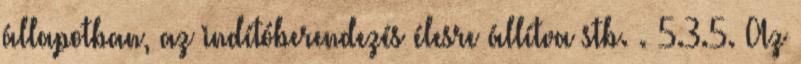
állapotban, az indítóberendezés élesre állítva stb. . 5.3.5. Az